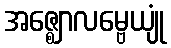
အဇ္ဈောလမ္ဗေယျုံ